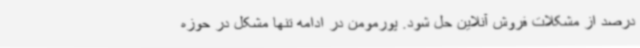
درصد از مشکلات فروش آنلاین حل شود. پورمومن در ادامه تنها مشکل در حوزه